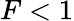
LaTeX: F<1